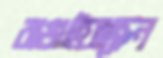
রাঙাইয়াছেন